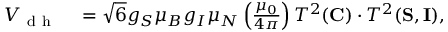
\begin{array} { r l } { V _ { \mathrm { ~ d ~ h ~ } } } & { { } = \sqrt { 6 } g _ { S } \mu _ { B } g _ { I } \mu _ { N } \left( \frac { \mu _ { 0 } } { 4 \pi } \right) T ^ { 2 } ( { \bf C } ) \cdot T ^ { 2 } ( { \bf S } , { \bf I } ) , } \end{array}